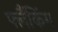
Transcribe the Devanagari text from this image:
फ्लैंकिंग